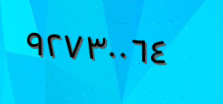
٩٢٧٣٠٠٦٤